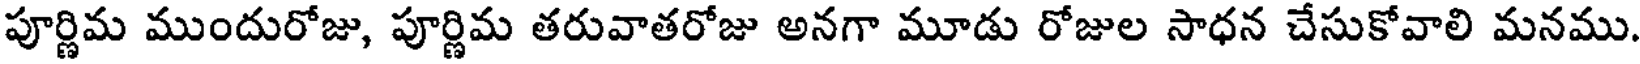
పూర్ణిమ ముందురోజు, పూర్ణిమ తరువాతరోజు అనగా మూడు రోజుల సాధన చేసుకోవాలి మనము.